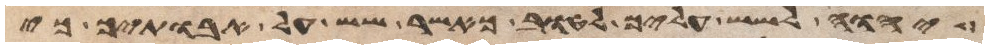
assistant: יהוה לשש עליך לטוב כאשר שש על אבתיך כי